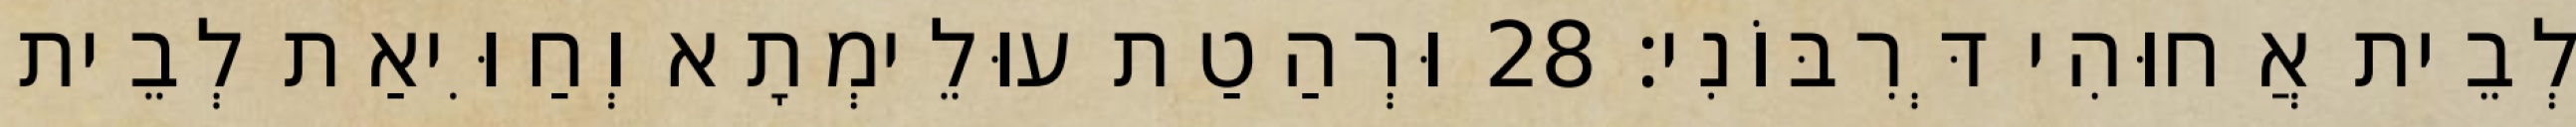
לְבֵית אֲחוּהִי דְּרִבּוֹנִי׃ 28 וּרְהַטַת עוּלֵימְתָא וְחַוִּיאַת לְבֵית